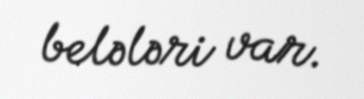
belələri var.